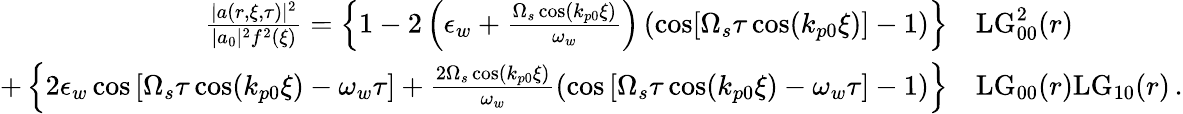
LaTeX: \begin{array}{rl}{\frac{|a(r,\xi,\tau)|^{2}}{|a_{0}|^{2}f^{2}(\xi)}=\left\{ 1-2\left(\epsilon_{w}+\frac{\Omega_{s}\cos(k_{p0}\xi)}{\omega_{w}}\right)\left(\cos[\Omega_{s}\tau\cos(k_{p0}\xi)]-1\right)\right\} }&{\mathrm{LG}_{00}^{2}(r)}\\ {+\left\{ 2\epsilon_{w}\cos\left[\Omega_{s}\tau\cos(k_{p0}\xi)-\omega_{w}\tau\right]+\frac{2\Omega_{s}\cos(k_{p0}\xi)}{\omega_{w}}\left(\cos\left[\Omega_{s}\tau\cos(k_{p0}\xi)-\omega_{w}\tau\right]-1\right)\right\} }&{\mathrm{LG}_{00}(r)\mathrm{LG}_{10}(r)\, .}\end{array}